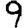
Digit: 9